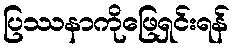
ပြဿနာကိုဖြေရှင်းရန်